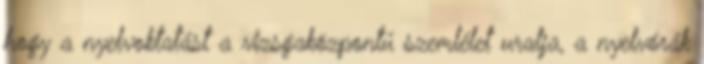
hogy a nyelvoktatást a vizsgaközpontú szemlélet uralja, a nyelvórák